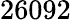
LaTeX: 26092